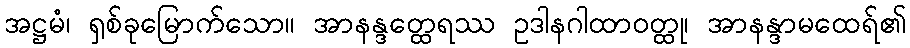
အဋ္ဌမံ၊ ရှစ်ခုမြောက်သော။ အာနန္ဒတ္ထေရဿ ဥဒါနဂါထာဝတ္ထု၊ အာနန္ဒာမထေရ်၏